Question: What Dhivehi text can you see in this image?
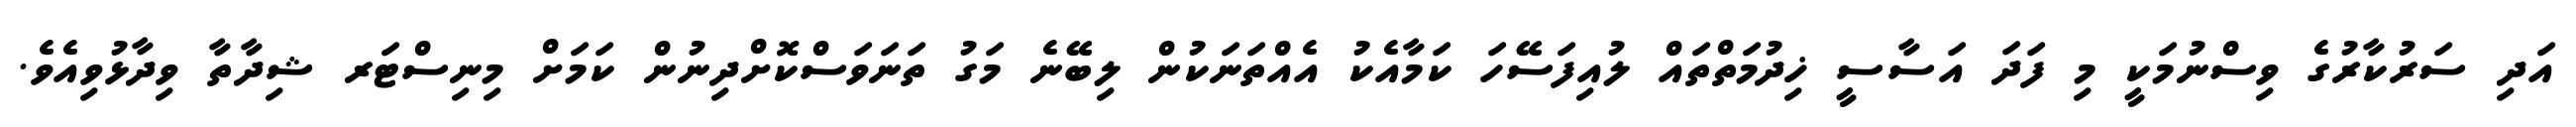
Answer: އަދި ސަރުކާރުގެ ވިސްނުމަކީ މި ފަދަ އަސާސީ ޚިދުމަތްތައް ލުއިފަސޭހަ ކަމާއެކު އެއްތަނަކުން ލިބޭނެ މަގު ތަނަވަސްކޮށްދިނުން ކަމަށް މިނިސްޓަރ ޝިދާތާ ވިދާޅުވިއެވެ.